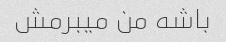
باشه من میبرمش